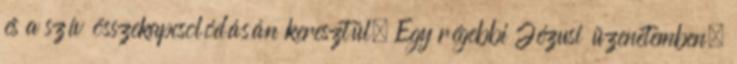
és a szív összekapcsolódásán keresztül. Egy régebbi Jézusi üzenetemben,